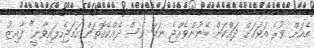
އެއަށް ވުރެ އަވަހަށް ދައްކަން ބޭނުންވެއްޖެ ނަމަ ވެސް ދެއްކޭގޮތަށް ހަމަޖެހިފައިވާނީ" ފާއިޒު